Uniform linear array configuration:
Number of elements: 48
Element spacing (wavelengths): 0.25
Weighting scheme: hann
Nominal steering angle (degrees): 45
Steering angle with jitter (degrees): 44.193
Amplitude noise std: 0.05
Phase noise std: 0.05

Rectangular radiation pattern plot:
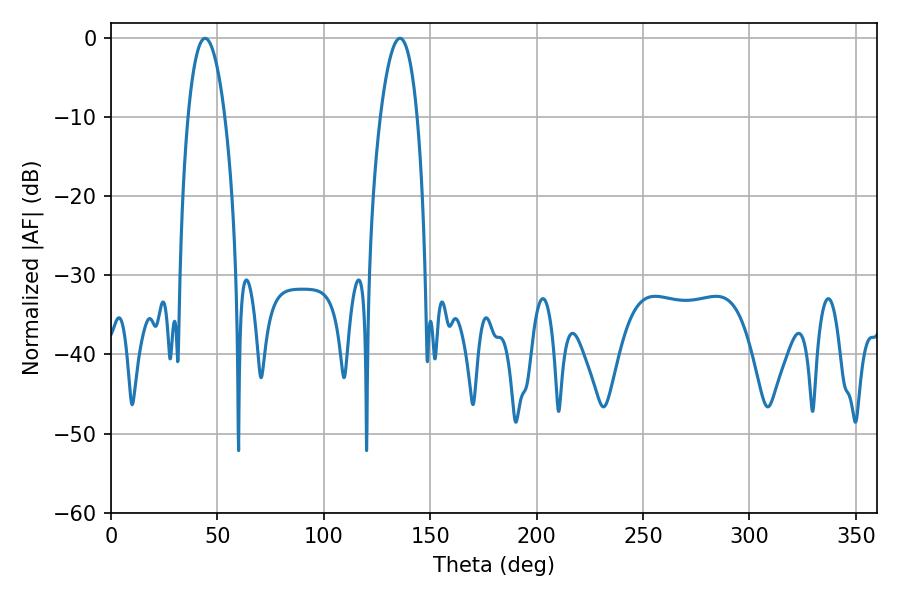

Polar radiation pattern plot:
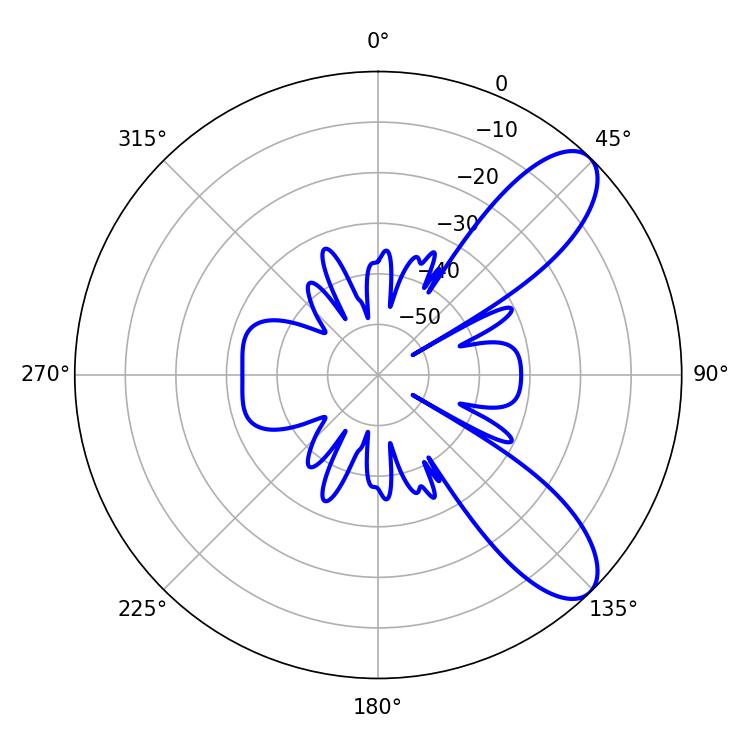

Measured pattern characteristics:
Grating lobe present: FALSE
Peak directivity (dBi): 9.009
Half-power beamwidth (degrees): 9.72
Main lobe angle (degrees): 44.28